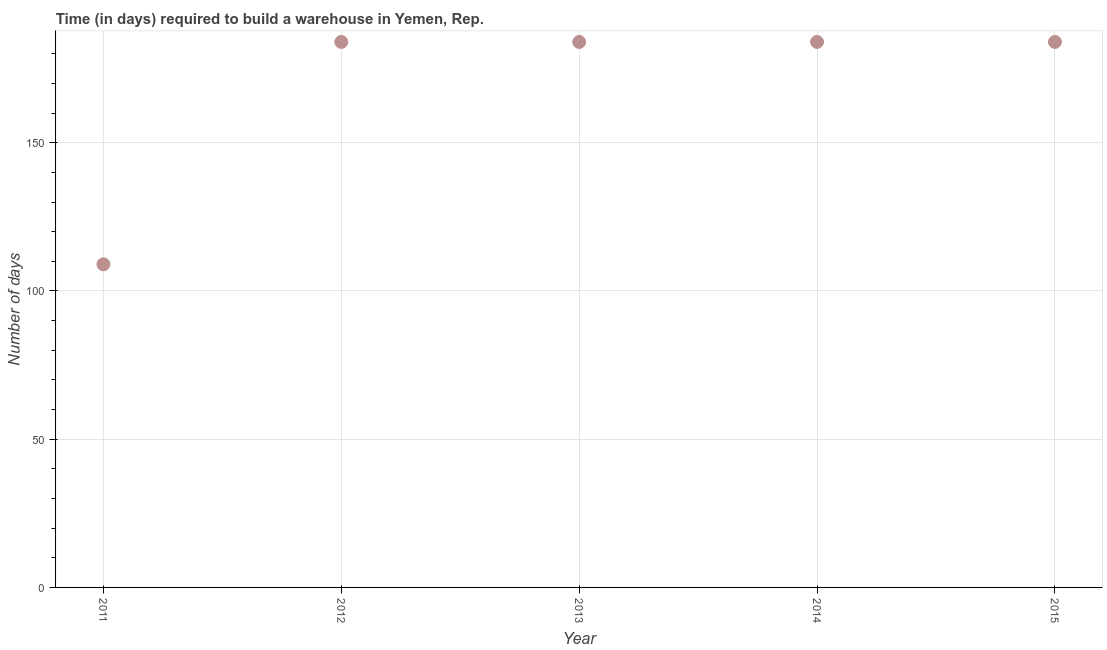
| Year | Time required to build a warehouse |
 | --- | --- |
 | 2011 | 109 |
 | 2012 | 184 |
 | 2013 | 184 |
 | 2014 | 184 |
 | 2015 | 184 |